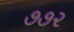
૭૭૨